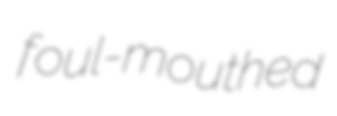
foul-mouthed